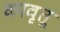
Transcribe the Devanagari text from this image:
कावृतू